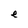
Character: e